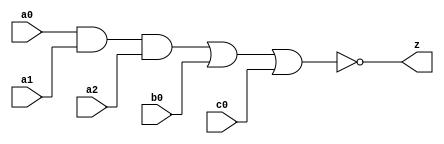
// This program was cloned from: https://github.com/aolofsson/oh
// License: MIT License

//#############################################################################
//# Function: And-Or-Inverter (aoi311) Gate                                   #
//# Copyright: OH Project Authors. ALl rights Reserved.                       #
//# License:  MIT (see LICENSE file in OH repository)                         # 
//#############################################################################

module oh_aoi311 #(parameter DW = 1 ) // array width
   (
    input [DW-1:0]  a0,
    input [DW-1:0]  a1,
    input [DW-1:0]  a2,
    input [DW-1:0]  b0,
    input [DW-1:0]  c0, 
    output [DW-1:0] z
    );
   
   assign z = ~((a0 & a1 & a2) | b0 | c0);
   
endmodule